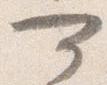
可